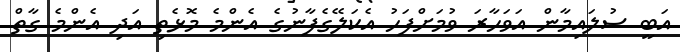
އަބީ ސުލައިމާން އަވަހާރަ ވުމަށްފަހު އެކަލޭގެފާނުގެ އެންމެ މޮޅެތި އަދި އެންމެ ގާތް